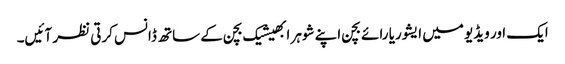
ایک اور ویڈیو میں ایشوریا رائے بچن اپنے شوہر ابھیشیک بچن کے ساتھ ڈانس کرتی نظر آئیں۔